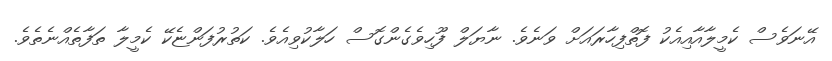
އޭނަވެސް ކެމީލާއާއިއެކު ފޮތްފިހާރައަށް ވަނެވެ. ނާޔަލް ފޫހިވެގެންގޮސް ހަލާކުވިއެވެ. ކަތުރުފަންޏެކޭ ކެމީލާ ތަފާތެއްނެތެވެ.